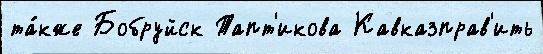
та́кже Бобруйск Тапт'икова Кавказправ'ить